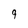
Character: 9